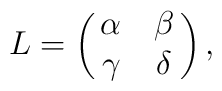
L = \pmatrix{\alpha & \beta \cr \gamma & \delta} ,